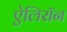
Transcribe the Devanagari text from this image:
ऐलिरॉन